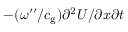
- ( \omega ^ { \prime \prime } / c _ { \mathrm { g } } ) \partial ^ { 2 } U / \partial x \partial t